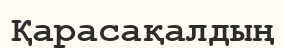
Қарасақалдың